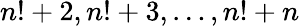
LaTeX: n!+2,n!+3,\dots,n!+n